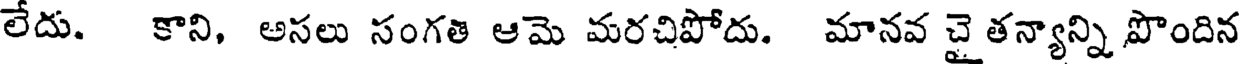
లేదు. కాని, అసలు సంగతి ఆమె మరచిపోదు. మానవ చై తన్యాన్ని పొందిన